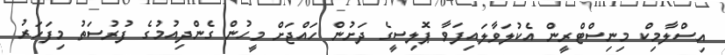
އިސްލާމިކް މިނިސްޓްރީން އެކުލަވާލައިފަވާ ޕޮލިސީގެ ދަށުން ހައްޖަށް މީހުން ގެންދިއުމުގެ ފުރުސަތު މިފަހަރު